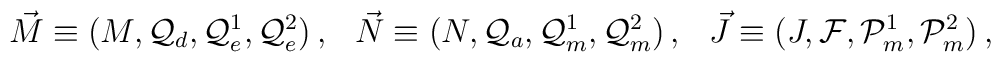
\vec{M} \equiv(M ,{\cal Q}_{d} , {\cal Q}_{e}^{1} , {\cal Q}_{e}^{2})\, ,\hspace{.3cm}\vec{N} \equiv(N , {\cal Q}_{a} , {\cal Q}_{m}^{1} , {\cal Q}_{m}^{2})\, ,\hspace{.3cm}\vec{J} \equiv(J , {\cal F} , {\cal P}_{m}^{1} , {\cal P}_{m}^{2})\, ,